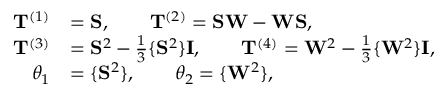
\begin{array} { r l } { \mathbf { T } ^ { ( 1 ) } } & { = \mathbf { S } , \qquad \mathbf { T } ^ { ( 2 ) } = \mathbf { S W } - \mathbf { W S } , } \\ { \mathbf { T } ^ { ( 3 ) } } & { = \mathbf { S } ^ { 2 } - \frac { 1 } { 3 } \{ \mathbf { S } ^ { 2 } \} \mathbf { I } , \qquad \mathbf { T } ^ { ( 4 ) } = \mathbf { W } ^ { 2 } - \frac { 1 } { 3 } \{ \mathbf { W } ^ { 2 } \} \mathbf { I } , } \\ { \theta _ { 1 } } & { = \{ \mathbf { S } ^ { 2 } \} , \qquad \theta _ { 2 } = \{ \mathbf { W } ^ { 2 } \} \mathrm { , } } \end{array}